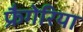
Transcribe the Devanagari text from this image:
फ्रैगेरिया